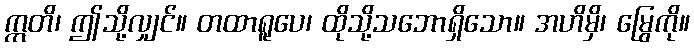
ဣတိ၊ ဤသို့လျှင်။ တထာရူပေ၊ ထိုသို့သဘောရှိသော။ အဟိမှိ၊ မြွေကို။